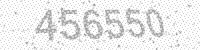
Solution: 456550